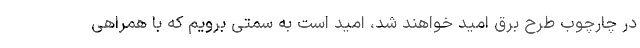
در چارچوب طرح برق امید خواهند شد، امید است به سمتی برویم که با همراهی